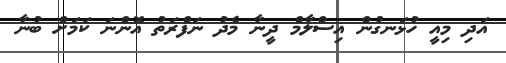
އަދި މިއީ ހުޅަނގުން އިސްލާމް ދީނާ މެދު ނަފްރަތު އޮންނަ ކަމަށް ބުނާ